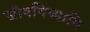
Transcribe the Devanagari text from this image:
जीवयिष्यामि